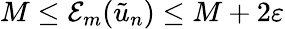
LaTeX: M\leq\mathcal{E}_{m}(\tilde{u}_{n})\leq M+2\varepsilon